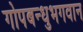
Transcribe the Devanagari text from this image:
गोपबन्धुभगवान